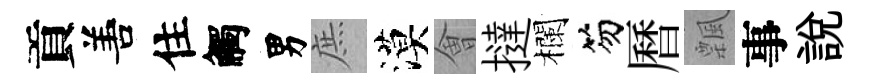
貢𠵊住觸男庶漠㑹撻欄笏曆飄事說